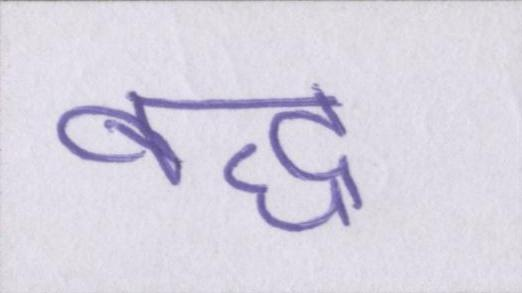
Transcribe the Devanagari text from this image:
बद्ध